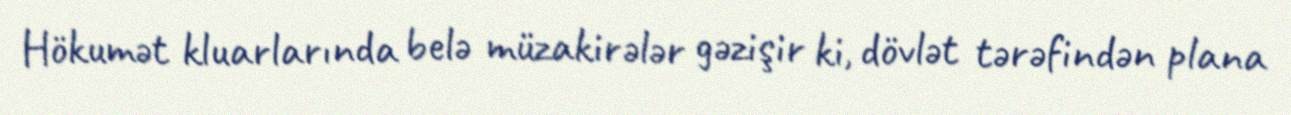
Hökumət kluarlarında belə müzakirələr gəzişir ki, dövlət tərəfindən plana